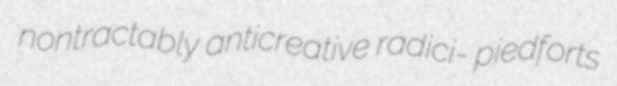
nontractably anticreative radici- piedforts